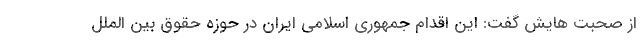
از صحبت هایش گفت: این اقدام جمهوری اسلامی ایران در حوزه حقوق بین الملل